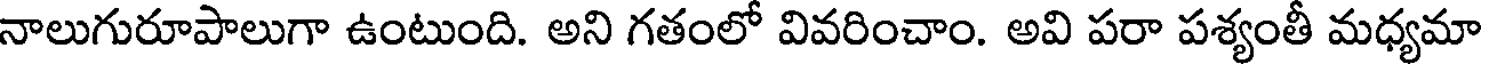
నాలుగురూపాలుగా ఉంటుంది. అని గతంలో వివరించాం. అవి పరా పశ్యంతీ మధ్యమా